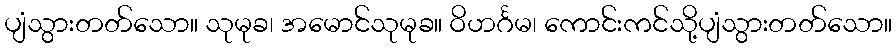
ပျံသွားတတ်သော။ သုမုခ၊ အမောင်သုမုခ။ ဝိဟင်္ဂမ၊ ကောင်းကင်သို့ပျံသွားတတ်သော။